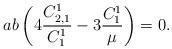
LaTeX: \begin{align*}ab\left(4\frac{C^1_{2,1}}{C^1_1}-3\frac{C^1_1}{\mu}\right)=0.\end{align*}